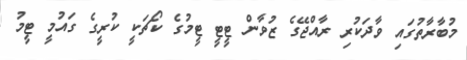
މުބާރާތުގައި ވާދަކުރި ރާއްޖޭގެ ޒުވާން ޓީޓީ ޓީމުގެ ކޯޗަކީ ކުރީގެ ގައުމީ ޓީމު